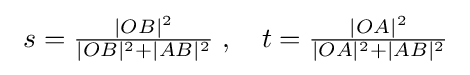
\ s={\tfrac {|OB|^{2}}{|OB|^{2}+|AB|^{2}}}\;,\quad t={\tfrac {|OA|^{2}}{|OA|^{2}+|AB|^{2}}}\;